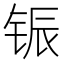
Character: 𫓵